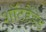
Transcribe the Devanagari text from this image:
शॉटहैंडेड